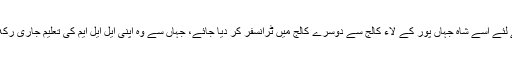
اس کے لئے اسے شاہ جہاں پور کے لاء کالج سے دوسرے کالج میں ٹرانسفر کر دیا جائے، جہاں سے وہ اپنی ایل ایل ایم کی تعلیم جاری رکھ سکے۔